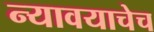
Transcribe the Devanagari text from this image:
न्यावयाचेच